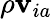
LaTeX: \rho{\mathbf v}_{ia}